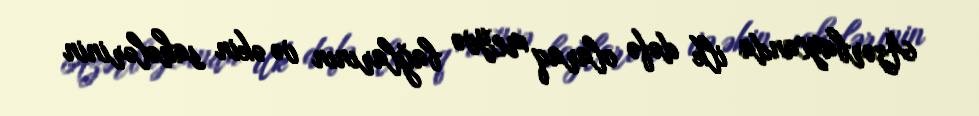
Azərbaycanda ilk dəfə olaraq meyvə bağlarının və əkin sahələrinin